Madras plague regulations in force outside the Presidency town - Volume 3
Disease focus: Plague
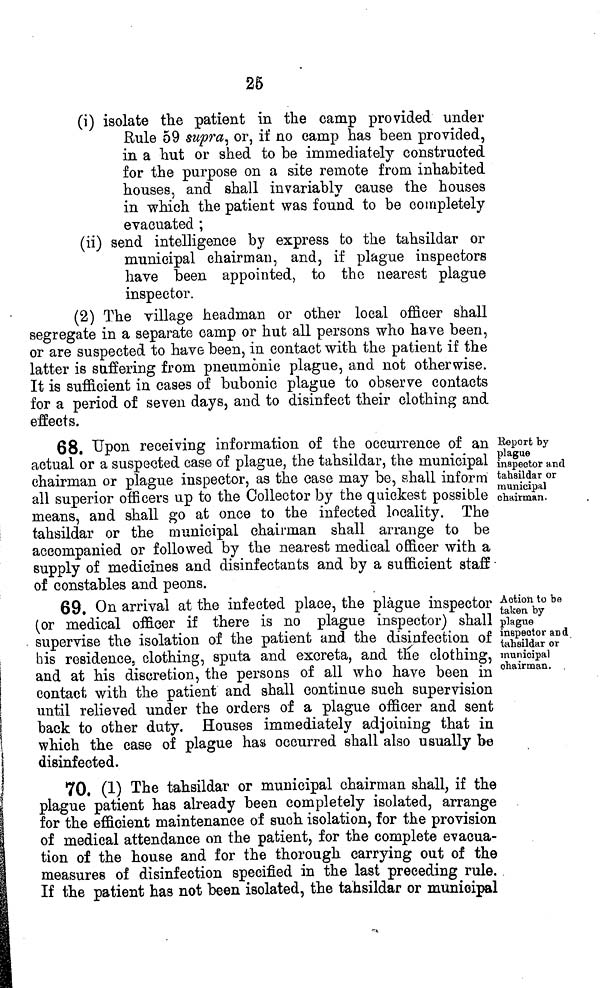
25
(i) isolate the patient in the camp provided under
Rule 59 supra, or, if no camp has been provided,
in a hut or shed to be immediately constructed
for the purpose on a site remote from inhabited
houses, and shall invariably cause the houses
i
%i
in which the patient was found to be completely
evacuated ;
(ii) send intelligence by express to the tahsildar or
municipal chairman, and, if plague inspectors
have been appointed, to the nearest plague
inspector.
(2) The village headman or other local officer shall
segregate in a separate camp or hut all persons who have been,
or are suspected to have been, in contact with the patient if the
latter is suffering from pneumonic plague, and not otherwise.
It is sufficient in cases of bubonic plague to observe contacts
for a period of seven days, and to disinfect their clothing and
effects.
Report by
plague
inspector and
tahsildar or
municipal
chairman.
68. Upon receiving information of the occurrence of an
actual or a suspected case of plague, the tahsildar, the municipal
chairman or plague inspector, as the case may be, shall inform
all superior officers up to the Collector by the quickest possible
means, and shall go at once to the infected locality. The
tahsildar or the municipal chairman shall arrange to be
accompanied or followed by the nearest medical officer with a
supply of medicines and disinfectants and by a sufficient staff -
of constables and peons.
Action to be
taken by
plague
inspector an d
tahsildar or
municipal
chairman. ,
69. On arrival at the infected place, the plague inspector
(or medical officer if there is no plague inspector) shall
supervise the isolation of the patient and the disinfection of
his residence, clothing, sputa and excreta, and the clothing,
and at his discretion, the persons of all who have been in
contact with the patient and shall continue such supervision
until relieved under the orders of a plague officer and sent
back to other duty. Houses immediately adjoining that in
which the case of plague has occurred shall also usually be
disinfected.
70. (1) The tahsildar or municipal chairman shall, if the
plague patient has already been completely isolated, arrange
for the efficient maintenance of such isolation, for the provision
of medical attendance on the patient, for the complete evacua-
tion of the house and for the thorough carrying out of the
measures of disinfection specified in the last preceding rule.
If the patient has not been isolated, the tahsildar or municipal